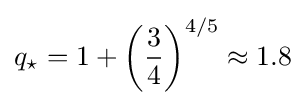
q_{\star }=1+\left({\frac {3}{4}}\right)^{4/5}\approx 1.8